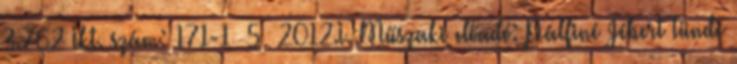
3.762 Ikt. szám: 171-1 5 2012.I. Műszaki előadó: Pálfiné Jébert Tünde